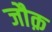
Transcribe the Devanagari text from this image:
जौक़